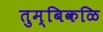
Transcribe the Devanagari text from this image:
तुम्बिकळि